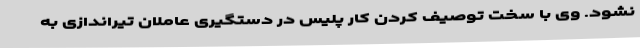
نشود. وی با سخت توصیف کردن کار پلیس در دستگیری عاملان تیراندازی به